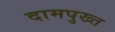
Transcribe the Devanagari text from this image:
दामपुख्त